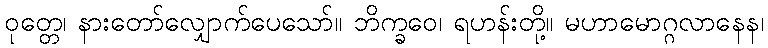
ဝုတ္တေ၊ နားတော်လျှောက်ပေသော်။ ဘိက္ခဝေ၊ ရဟန်းတို့။ မဟာမောဂ္ဂလာနေန၊